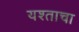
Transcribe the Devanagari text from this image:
यश्ताचा